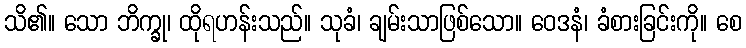
သိ၏။ သော ဘိက္ခု၊ ထိုရဟန်းသည်။ သုခံ၊ ချမ်းသာဖြစ်သော။ ဝေဒနံ၊ ခံစားခြင်းကို။ စေ